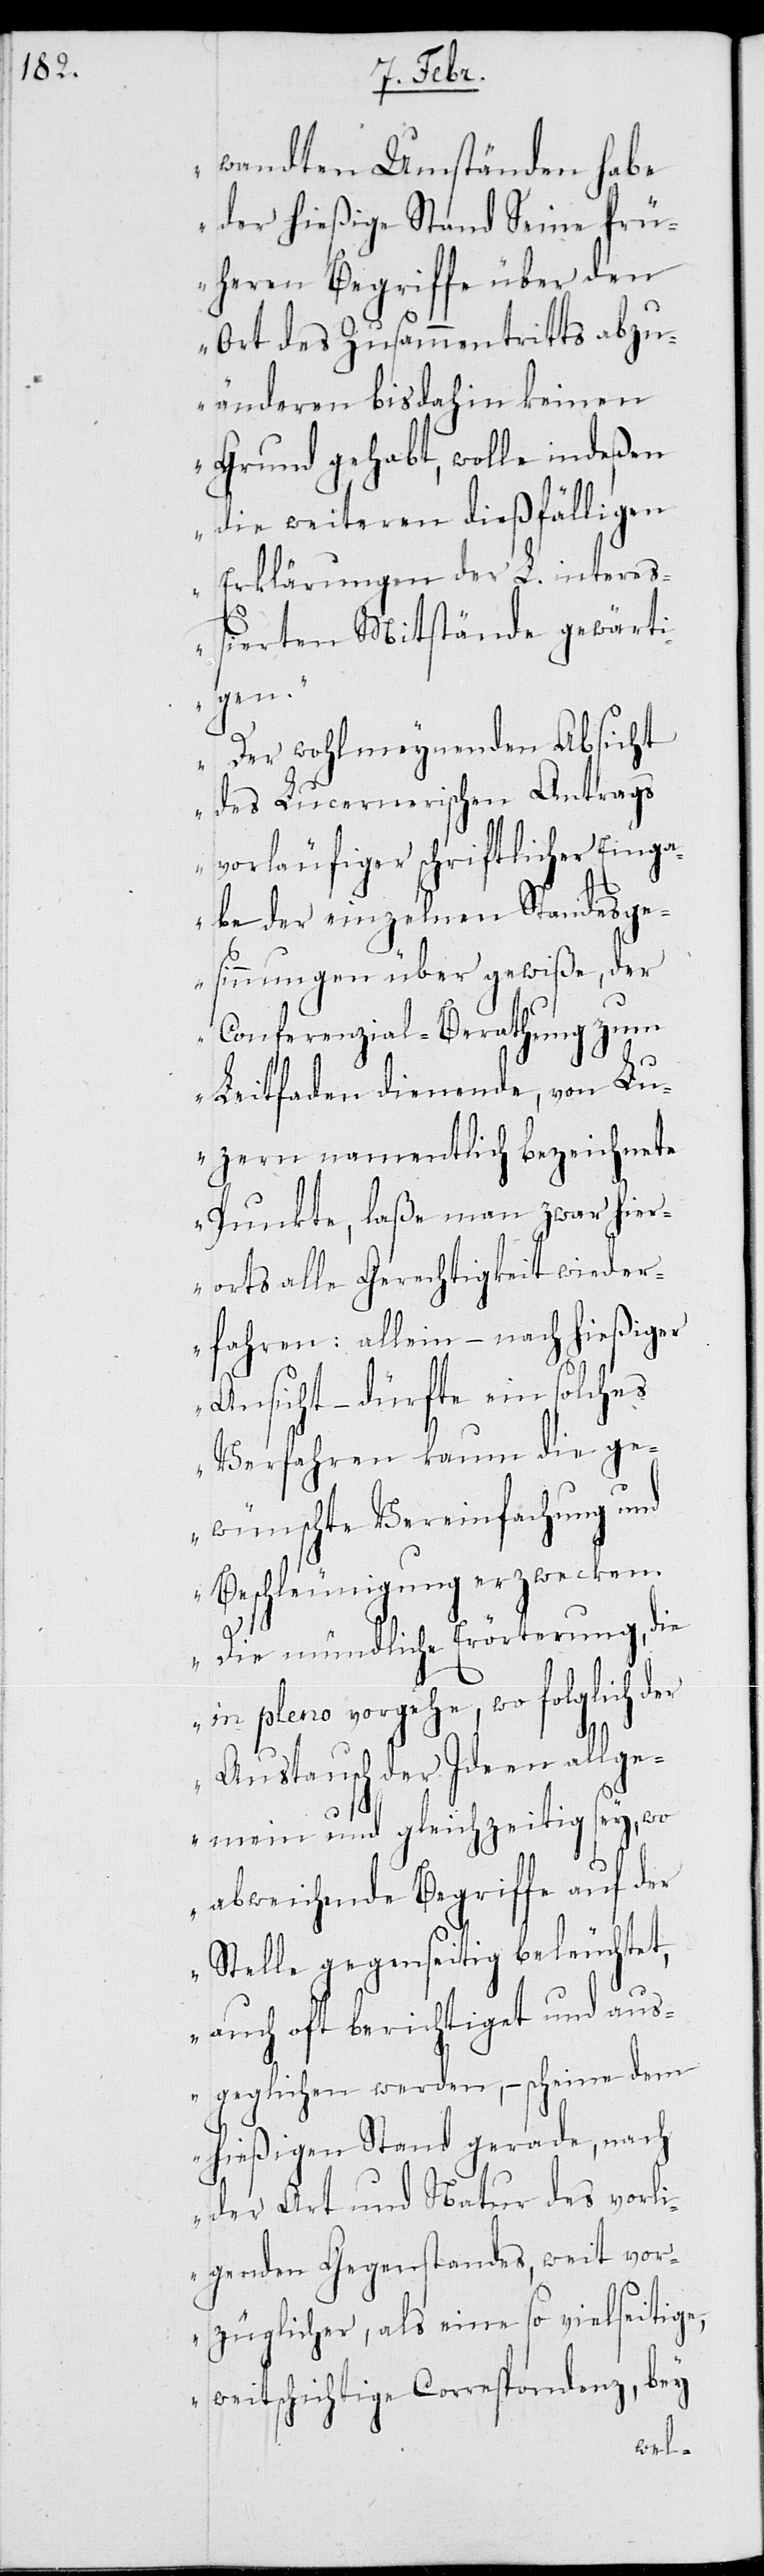
wandten Umständen habe
der hießige Stand Seine frü¬
heren Begriffe über den
Ort des Zusammentritts abzu¬
änderen bis dahin keinen
Grund gehabt, wolle indeßen
die weiteren dießfälligen
Erklärungen der L. intereß¬
ierten Mitstände gewärti¬
gen.
Der wohlmeyndenden Absicht
des Lucernischen Antrags
vorläufiger schriftlicher Einga¬
be der einzelnen Standesge¬
sinnungen über gewiße, der
Conferenzial-Berathung zum
Leitfaden dienende, von Lu¬
zern namentlich bezeichnete
Punkte, laße man zwar hier¬
orts alle Gerechtigkeit wieder¬
fahren: allein – nach hießiger
Ansicht – dürfte ein solches
Verfahren kaum die ge¬
wünschte Vereinfachung und
Beschleunigung erzwecken.
Die mündliche Erörterung, die
in pleno vorgehe, wo folglich der
Austausch der Ideen allge¬
mein und gleichzeitig sey, wo
abweichende Begriffe auf der
Stelle gegenseitig beleuchtet,
auch oft berichtiget und aus¬
geglichen werden, – scheine dem
hießigen Stand gerade, nach
der Art und Natur des vorli¬
egenden Gegenstands, weit vor¬
züglicher, als eine so vielseitige,
weitschichtige Correspondenz, bey